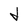
Character: t